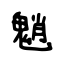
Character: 魈